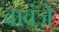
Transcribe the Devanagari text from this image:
वावंजे